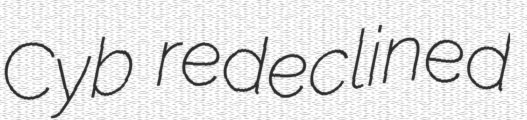
Cyb redeclined